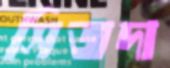
সিজদা